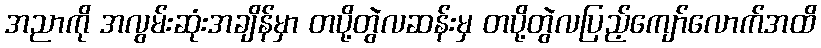
အညာကို အလွမ်းဆုံးအချိန်မှာ တပို့တွဲလဆန်းမှ တပို့တွဲလပြည့်ကျော်လောက်အထိ